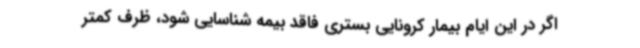
اگر در این ایام بیمار کرونایی بستری فاقد بیمه شناسایی شود، ظرف کمتر